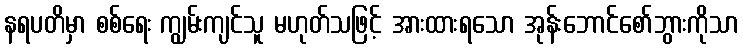
နရပတိမှာ စစ်ရေး ကျွမ်းကျင်သူ မဟုတ်သဖြင့် အားထားရသော အုန်းဘောင်စော်ဘွားကိုသာ